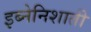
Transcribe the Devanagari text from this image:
इब्नेनिशाती